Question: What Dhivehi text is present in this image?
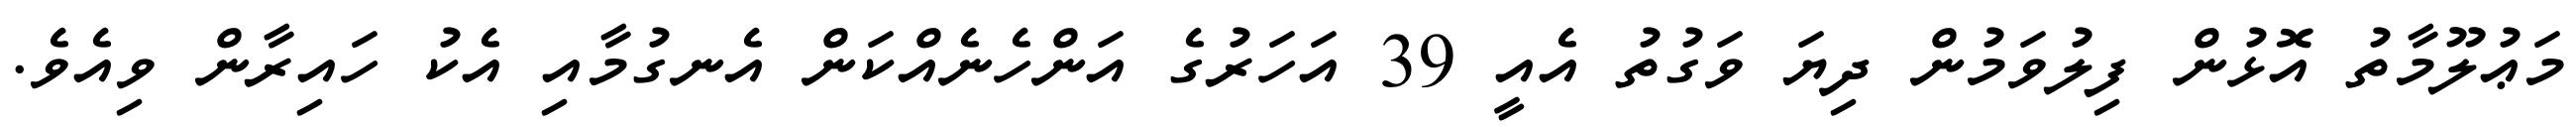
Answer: މަޢުލޫމާތު އޮޅުން ފިލުވަމުން ދިޔަ ވަގުތު އެއީ 39 އަހަރުގެ އަންހެނެއްކަން އެނގުމާއި އެކު ހައިރާން ވިއެވެ.